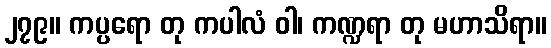
၂၇၉။ ကပ္ပရော တု ကပါလံ ဝါ၊ ကဏ္ဍရာ တု မဟာသိရာ။